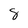
Character: 8